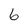
Character: 6